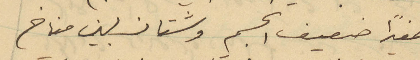
صغيراً ضعيف الجسم وشتان بين مناخ